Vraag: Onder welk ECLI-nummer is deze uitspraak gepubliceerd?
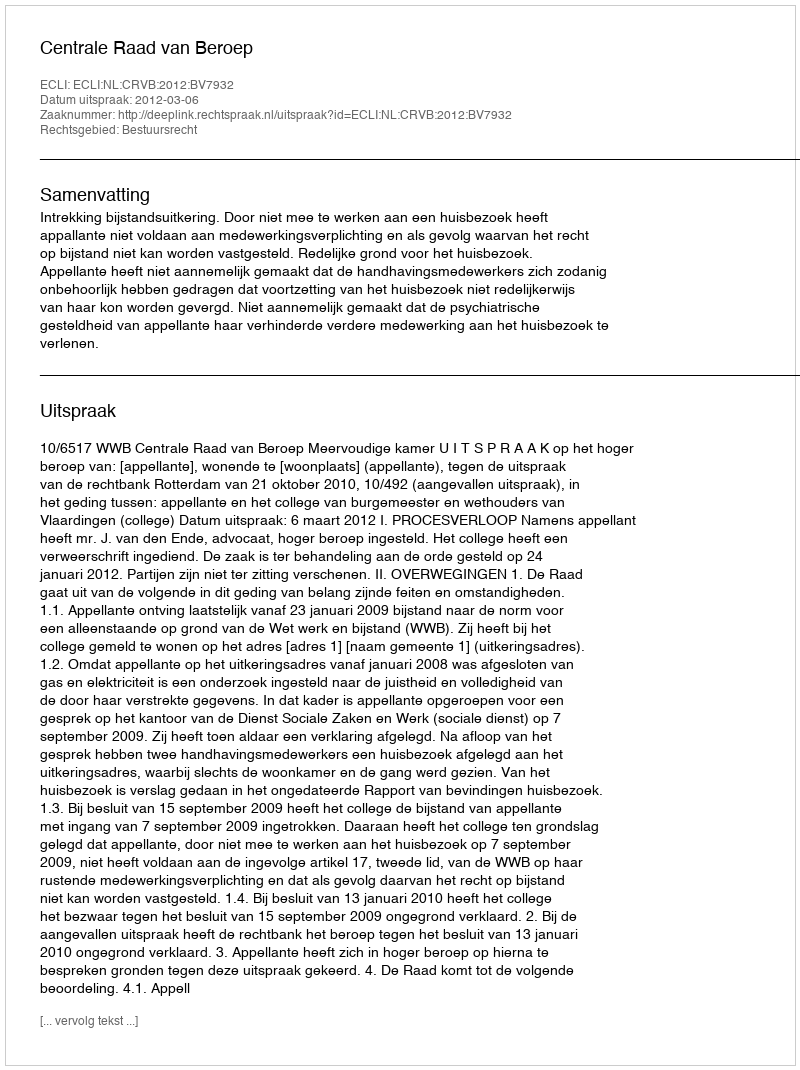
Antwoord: ECLI:NL:CRVB:2012:BV7932